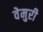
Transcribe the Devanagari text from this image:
वेमुरी